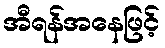
အီရန်အနေဖြင့်